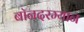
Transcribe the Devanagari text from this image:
बॉनदरम्यान